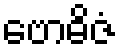
ဗောဓိဇံ